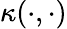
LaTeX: \kappa(\cdot,\cdot)